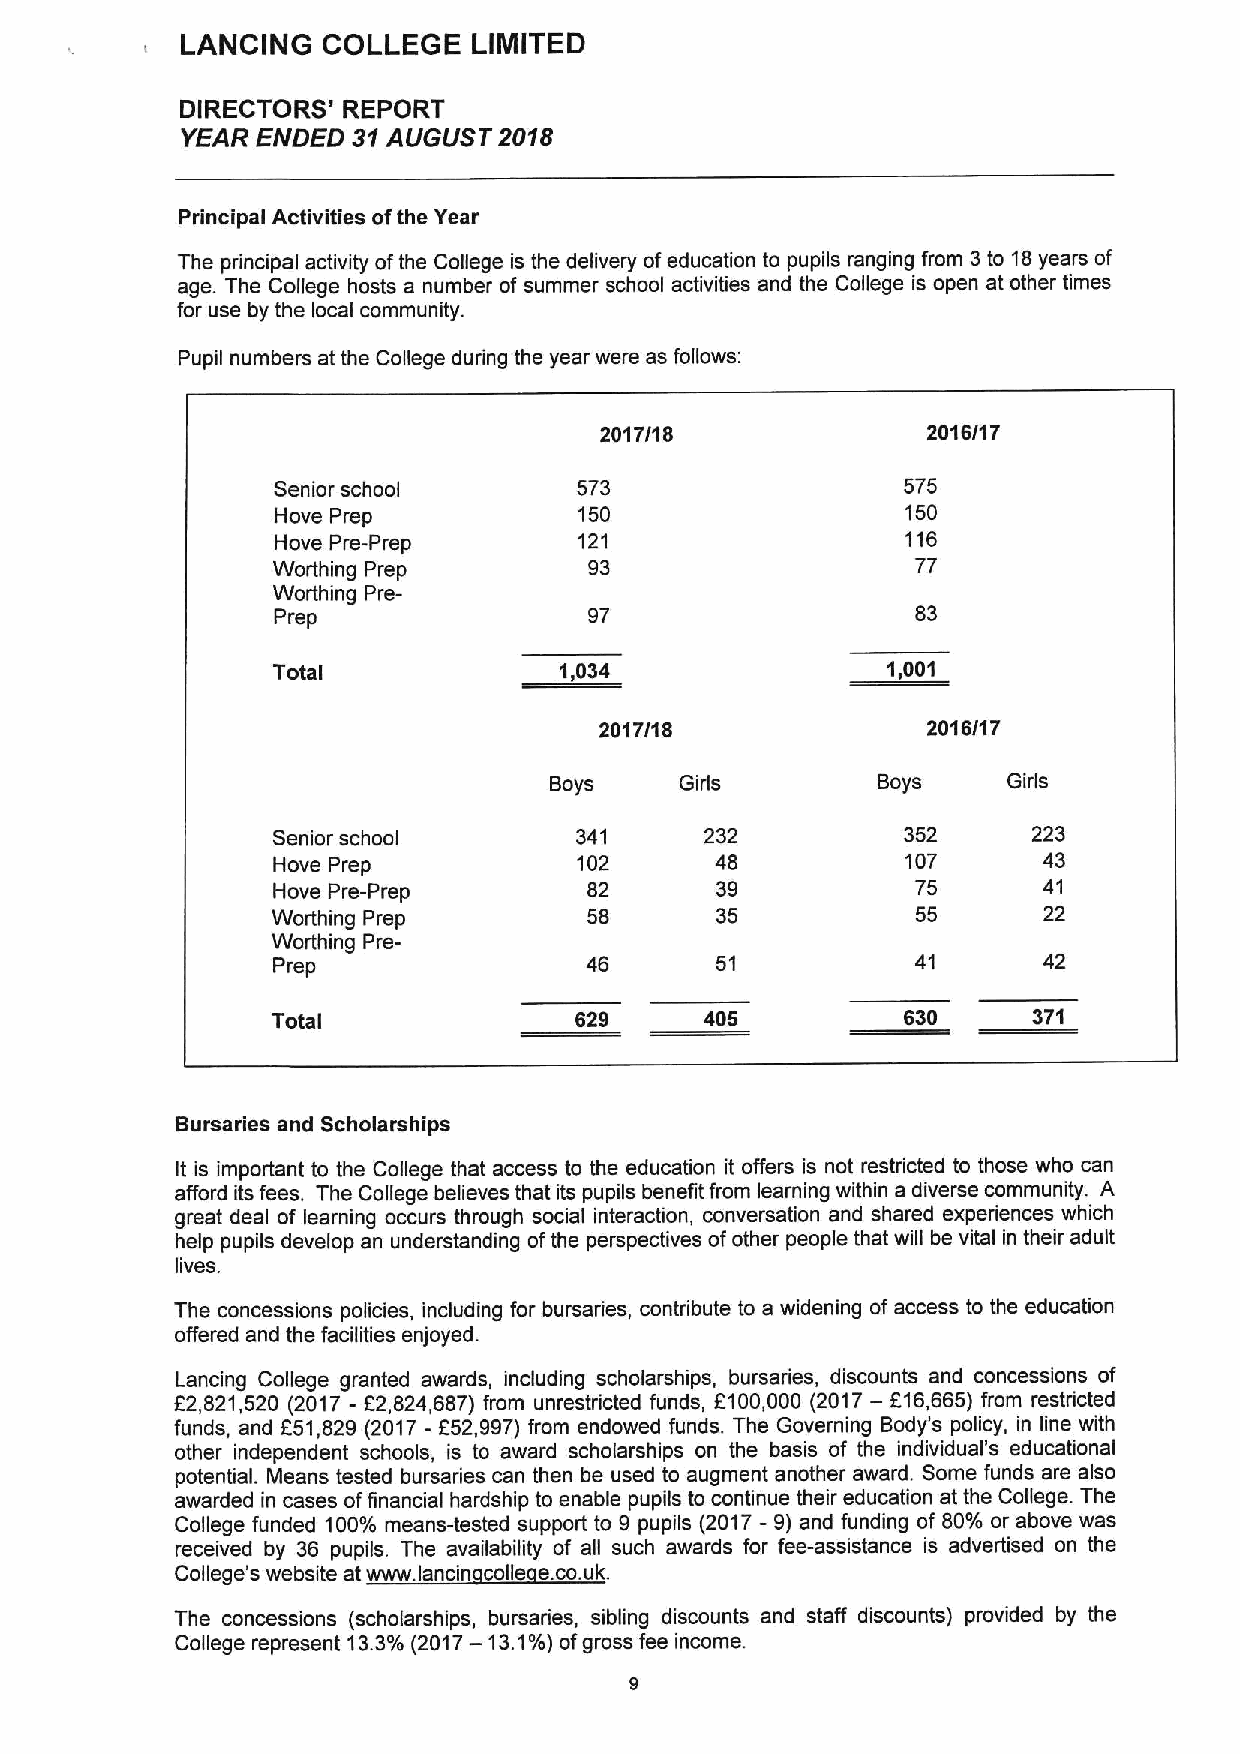
LANCING  COLLEGE   LIMITED
 DIRECTORS' REPORT
 YEAR ENDED 31AUGUST  2018
 Principal Activities ofthe Year
 The principal activity ofthe College is the delivery ofeducation to pupils ranging from 3to 18years of
 age. The Cogege hosts a number of summer school activities and the College is open at other times
 for use by the local community.
 Pupil numbers at the College during the year were as follows:
 2017/18              2018/17
 Senior school       573                   575
 Hove Prep           150                   150
 Hove Pre-Prep       121                   116
 Worthing Prep        93                    77
 Worthing Pre-
 Prep                 97                    83
 Total              1,034                 1,001
 2017/18              2018/17
 Boys     Girls        Boys     Girls
 Senior school       341      232          352     223
 Hove Prep           102      48           107      43
 Hove Pre-Prep        82      39            75      41
 Worthing Prep        58      35            55      22
 Worthing Pre-
 Prep                         51            41      42
 Total               629      405          830     371
 Bursaries and Scholarships
 It is important to the College that access to the education it offers is not restricted to those who can
 afford its fees. The College believes that its pupils benefit from learning within a diverse community. A
 great deal of learning occurs through social interaction, conversation and shared experiences which
 help pupils develop an understanding ofthe perspectives ofother people that will be vital in their adult
 lives.
 The concessions policies, including for bursaries, contribute to a widening of access to the education
 offered and the facilities enjoyed.
 Lancing College granted awards, including scholarships, bursaries, discounts and concessions of
 52,821,520 (2017 - 82,824,687) from unrestricted funds, 5100,000 (2017—F16,665) from restricted
 funds, and 551,829 (2017- 852,997) from endowed funds. The Governing Body's policy, in line with
 other independent schools, is to award scholarships on the basis of the individual's educational
 potential. Means tested bursaries can then be used to augment another award. Some funds are also
 awarded in cases offinancial hardship to enable pupils to continue their education at the College. The
 College funded 100%means-tested support to 9 pupils (2017—9)and funding of 80% or above was
 received by 36 pupils. The availability of all such awards for fee-assistance is advertised on the
 College's website at www. lancin colic e.co.uk.
 The concessions (scholarships, bursaries, sibling discounts and staff discounts) provided by the
 College represent 13.3%(2017—13.1%)ofgross fee income.